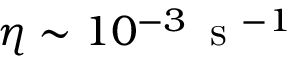
\eta \sim 1 0 ^ { - 3 } \, \mathrm { ~ s ~ } ^ { - 1 }